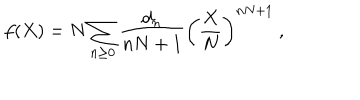
f ( X ) = N \sum _ { n \ge 0 } { \frac { d _ { n } } { n N + 1 } } \left( \frac { X } { N } \right) ^ { n N + 1 } ~ ,